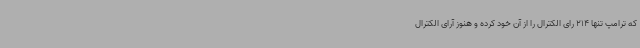
که ترامپ تنها 214 رای الکترال را از آن خود کرده و هنوز آرای الکترال